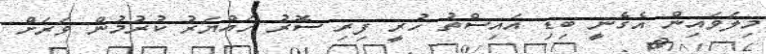
މިލަވައިން އެގެނީ ބިޑި އައިސްތު ހުރީ ފިރި ސޮރު ހައްޔަރު ކުރުމުން ވަރަށް